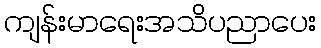
ကျန်းမာရေးအသိပညာပေး